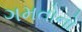
ગમતોનો